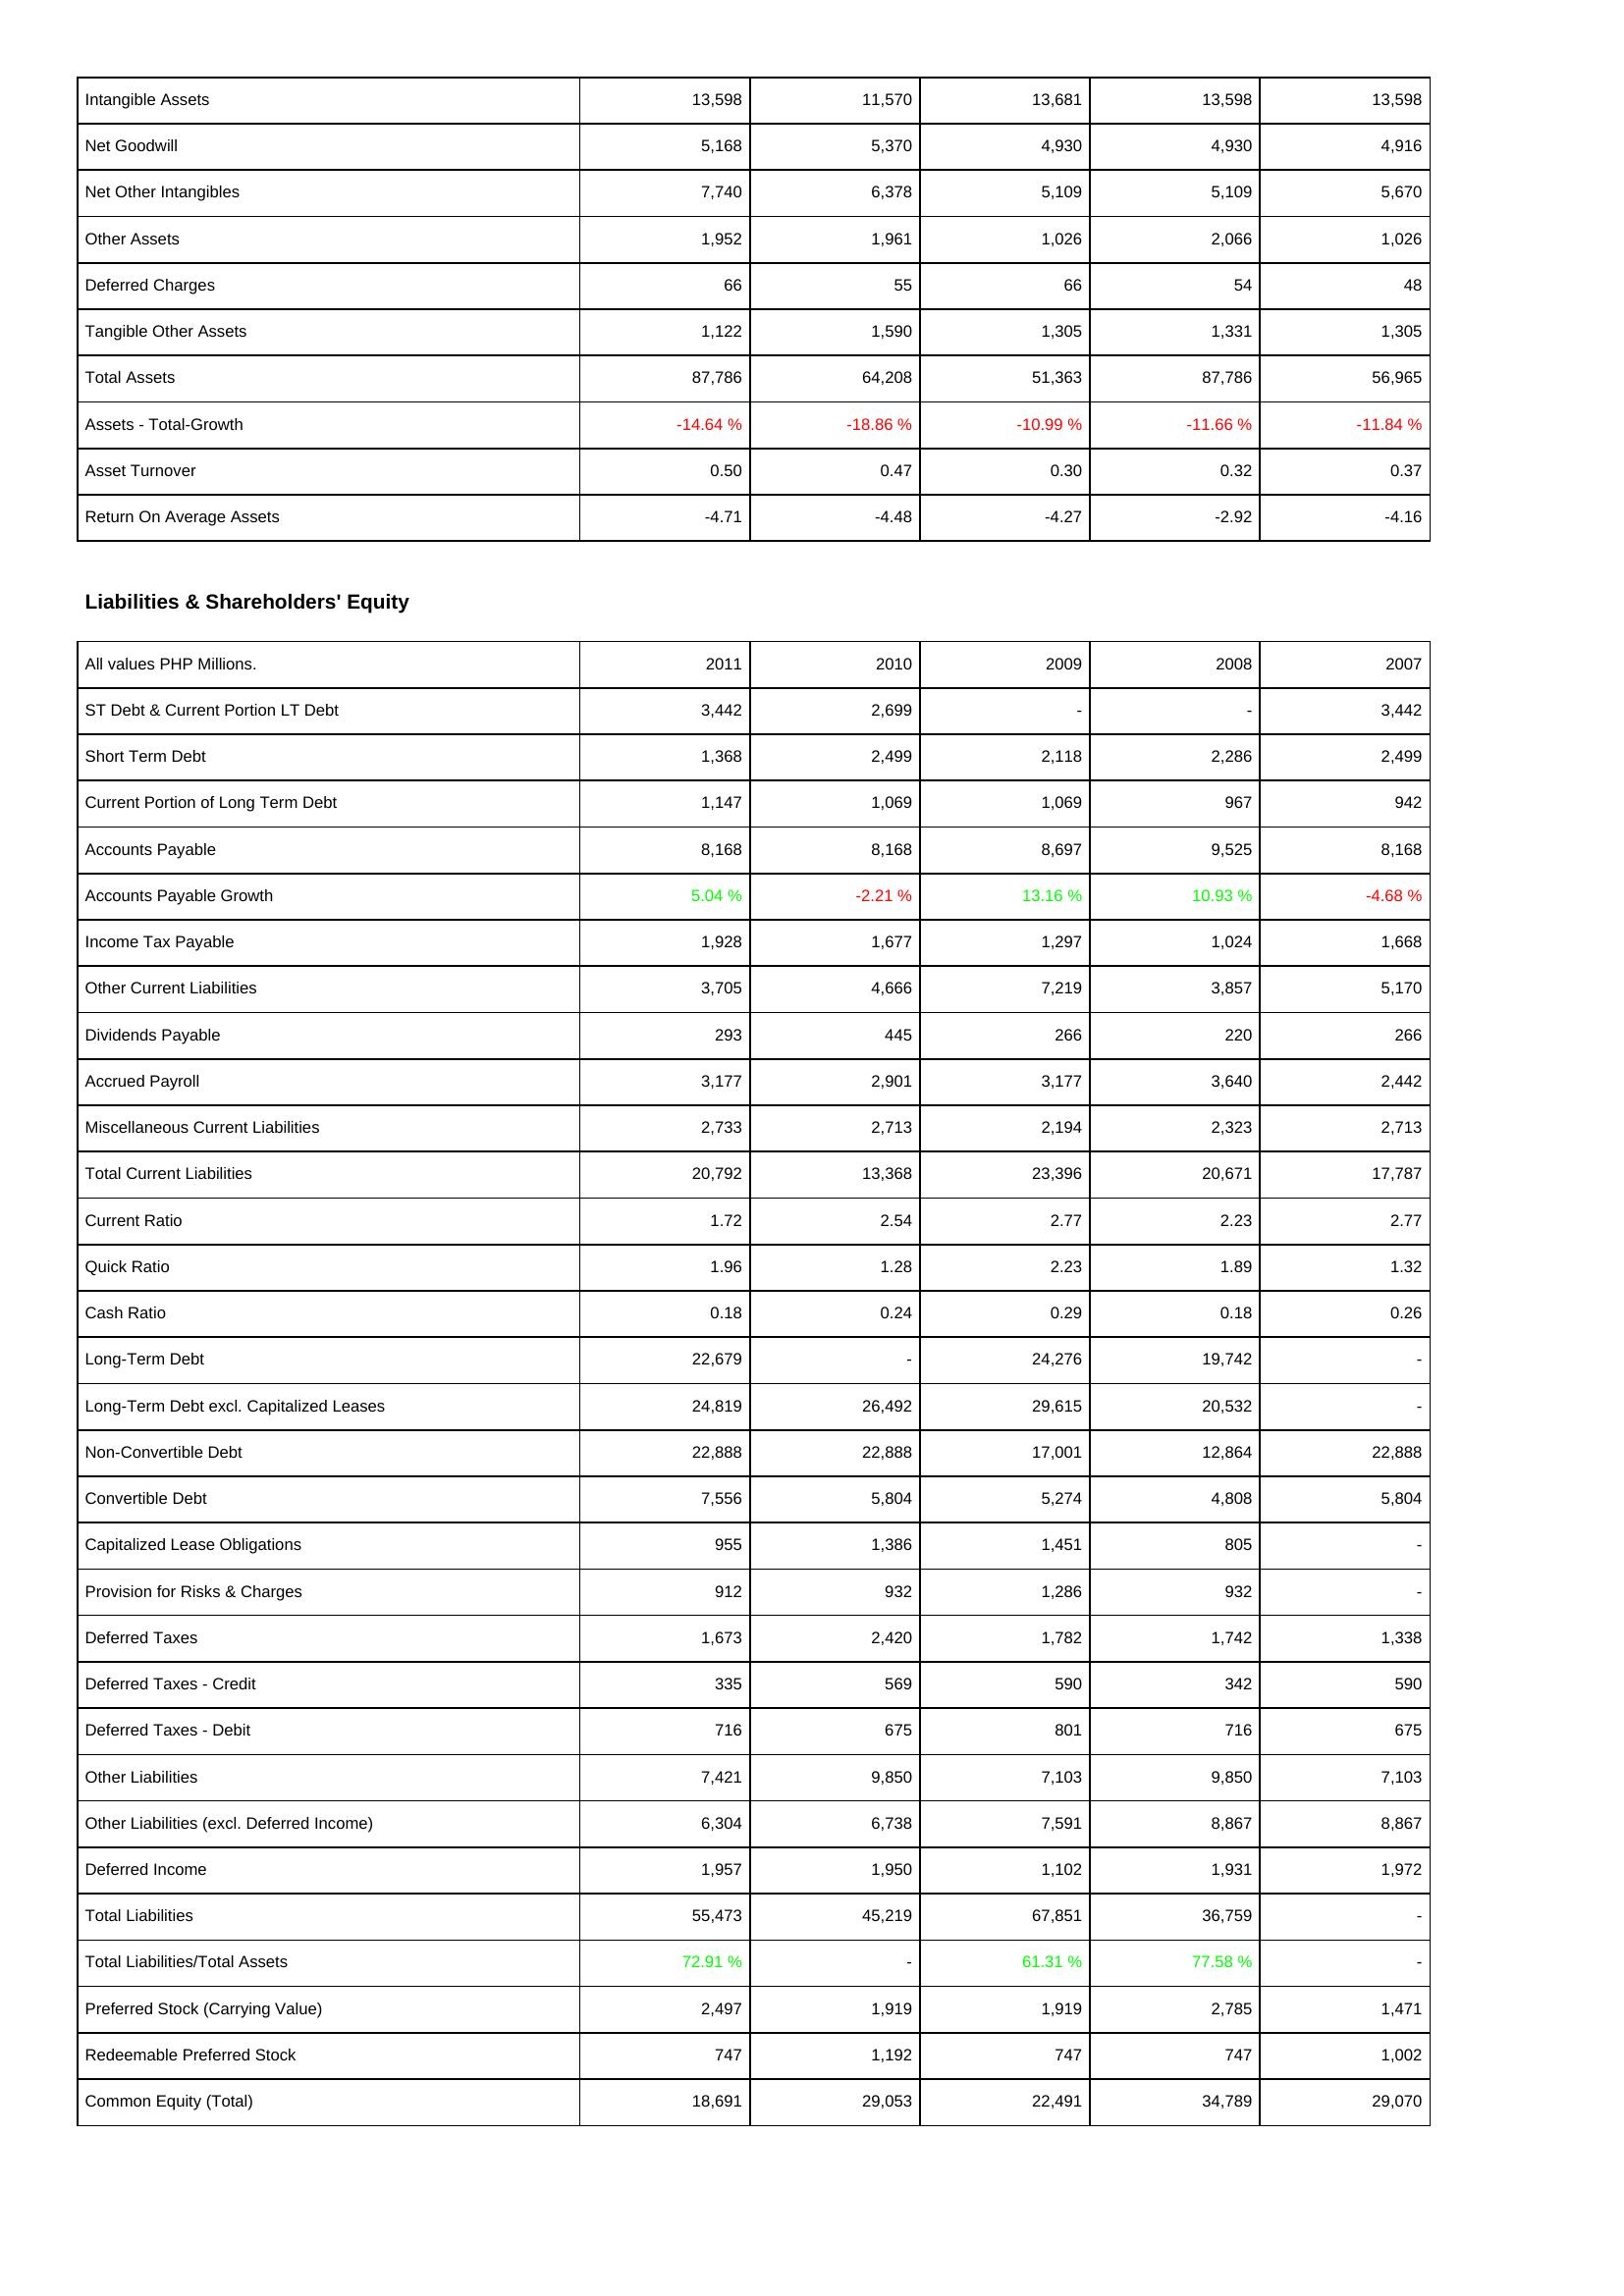
2011: Assets: Intangible Assets: 13,598
Net Goodwill: 5,168
Net Other Intangibles: 7,740
Other Assets: 1,952
Deferred Charges: 66
Tangible Other Assets: 1,122
Total Assets: 87,786
Assets - Total-Growth: -14.64 %
Asset Turnover: 0.50
Return On Average Assets: -4.71
Liabilities & Shareholders' Equity: ST Debt & Current Portion LT Debt: 3,442
Short Term Debt: 1,368
Current Portion of Long Term Debt: 1,147
Accounts Payable: 8,168
Accounts Payable Growth: 5.04 %
Income Tax Payable: 1,928
Other Current Liabilities: 3,705
Dividends Payable: 293
Accrued Payroll: 3,177
Miscellaneous Current Liabilities: 2,733
Total Current Liabilities: 20,792
Current Ratio: 1.72
Quick Ratio: 1.96
Cash Ratio: 0.18
Long-Term Debt: 22,679
Long-Term Debt excl. Capitalized Leases: 24,819
Non-Convertible Debt: 22,888
Convertible Debt: 7,556
Capitalized Lease Obligations: 955
Provision for Risks & Charges: 912
Deferred Taxes: 1,673
Deferred Taxes - Credit: 335
Deferred Taxes - Debit: 716
Other Liabilities: 7,421
Other Liabilities (excl. Deferred Income): 6,304
Deferred Income: 1,957
Total Liabilities: 55,473
Total Liabilities/Total Assets: 72.91 %
Preferred Stock (Carrying Value): 2,497
Redeemable Preferred Stock: 747
Common Equity (Total): 18,691
2010: Assets: Intangible Assets: 11,570
Net Goodwill: 5,370
Net Other Intangibles: 6,378
Other Assets: 1,961
Deferred Charges: 55
Tangible Other Assets: 1,590
Total Assets: 64,208
Assets - Total-Growth: -18.86 %
Asset Turnover: 0.47
Return On Average Assets: -4.48
Liabilities & Shareholders' Equity: ST Debt & Current Portion LT Debt: 2,699
Short Term Debt: 2,499
Current Portion of Long Term Debt: 1,069
Accounts Payable: 8,168
Accounts Payable Growth: -2.21 %
Income Tax Payable: 1,677
Other Current Liabilities: 4,666
Dividends Payable: 445
Accrued Payroll: 2,901
Miscellaneous Current Liabilities: 2,713
Total Current Liabilities: 13,368
Current Ratio: 2.54
Quick Ratio: 1.28
Cash Ratio: 0.24
Long-Term Debt: -
Long-Term Debt excl. Capitalized Leases: 26,492
Non-Convertible Debt: 22,888
Convertible Debt: 5,804
Capitalized Lease Obligations: 1,386
Provision for Risks & Charges: 932
Deferred Taxes: 2,420
Deferred Taxes - Credit: 569
Deferred Taxes - Debit: 675
Other Liabilities: 9,850
Other Liabilities (excl. Deferred Income): 6,738
Deferred Income: 1,950
Total Liabilities: 45,219
Total Liabilities/Total Assets: -
Preferred Stock (Carrying Value): 1,919
Redeemable Preferred Stock: 1,192
Common Equity (Total): 29,053
2009: Assets: Intangible Assets: 13,681
Net Goodwill: 4,930
Net Other Intangibles: 5,109
Other Assets: 1,026
Deferred Charges: 66
Tangible Other Assets: 1,305
Total Assets: 51,363
Assets - Total-Growth: -10.99 %
Asset Turnover: 0.30
Return On Average Assets: -4.27
Liabilities & Shareholders' Equity: ST Debt & Current Portion LT Debt: -
Short Term Debt: 2,118
Current Portion of Long Term Debt: 1,069
Accounts Payable: 8,697
Accounts Payable Growth: 13.16 %
Income Tax Payable: 1,297
Other Current Liabilities: 7,219
Dividends Payable: 266
Accrued Payroll: 3,177
Miscellaneous Current Liabilities: 2,194
Total Current Liabilities: 23,396
Current Ratio: 2.77
Quick Ratio: 2.23
Cash Ratio: 0.29
Long-Term Debt: 24,276
Long-Term Debt excl. Capitalized Leases: 29,615
Non-Convertible Debt: 17,001
Convertible Debt: 5,274
Capitalized Lease Obligations: 1,451
Provision for Risks & Charges: 1,286
Deferred Taxes: 1,782
Deferred Taxes - Credit: 590
Deferred Taxes - Debit: 801
Other Liabilities: 7,103
Other Liabilities (excl. Deferred Income): 7,591
Deferred Income: 1,102
Total Liabilities: 67,851
Total Liabilities/Total Assets: 61.31 %
Preferred Stock (Carrying Value): 1,919
Redeemable Preferred Stock: 747
Common Equity (Total): 22,491
2008: Assets: Intangible Assets: 13,598
Net Goodwill: 4,930
Net Other Intangibles: 5,109
Other Assets: 2,066
Deferred Charges: 54
Tangible Other Assets: 1,331
Total Assets: 87,786
Assets - Total-Growth: -11.66 %
Asset Turnover: 0.32
Return On Average Assets: -2.92
Liabilities & Shareholders' Equity: ST Debt & Current Portion LT Debt: -
Short Term Debt: 2,286
Current Portion of Long Term Debt: 967
Accounts Payable: 9,525
Accounts Payable Growth: 10.93 %
Income Tax Payable: 1,024
Other Current Liabilities: 3,857
Dividends Payable: 220
Accrued Payroll: 3,640
Miscellaneous Current Liabilities: 2,323
Total Current Liabilities: 20,671
Current Ratio: 2.23
Quick Ratio: 1.89
Cash Ratio: 0.18
Long-Term Debt: 19,742
Long-Term Debt excl. Capitalized Leases: 20,532
Non-Convertible Debt: 12,864
Convertible Debt: 4,808
Capitalized Lease Obligations: 805
Provision for Risks & Charges: 932
Deferred Taxes: 1,742
Deferred Taxes - Credit: 342
Deferred Taxes - Debit: 716
Other Liabilities: 9,850
Other Liabilities (excl. Deferred Income): 8,867
Deferred Income: 1,931
Total Liabilities: 36,759
Total Liabilities/Total Assets: 77.58 %
Preferred Stock (Carrying Value): 2,785
Redeemable Preferred Stock: 747
Common Equity (Total): 34,789
2007: Assets: Intangible Assets: 13,598
Net Goodwill: 4,916
Net Other Intangibles: 5,670
Other Assets: 1,026
Deferred Charges: 48
Tangible Other Assets: 1,305
Total Assets: 56,965
Assets - Total-Growth: -11.84 %
Asset Turnover: 0.37
Return On Average Assets: -4.16
Liabilities & Shareholders' Equity: ST Debt & Current Portion LT Debt: 3,442
Short Term Debt: 2,499
Current Portion of Long Term Debt: 942
Accounts Payable: 8,168
Accounts Payable Growth: -4.68 %
Income Tax Payable: 1,668
Other Current Liabilities: 5,170
Dividends Payable: 266
Accrued Payroll: 2,442
Miscellaneous Current Liabilities: 2,713
Total Current Liabilities: 17,787
Current Ratio: 2.77
Quick Ratio: 1.32
Cash Ratio: 0.26
Long-Term Debt: -
Long-Term Debt excl. Capitalized Leases: -
Non-Convertible Debt: 22,888
Convertible Debt: 5,804
Capitalized Lease Obligations: -
Provision for Risks & Charges: -
Deferred Taxes: 1,338
Deferred Taxes - Credit: 590
Deferred Taxes - Debit: 675
Other Liabilities: 7,103
Other Liabilities (excl. Deferred Income): 8,867
Deferred Income: 1,972
Total Liabilities: -
Total Liabilities/Total Assets: -
Preferred Stock (Carrying Value): 1,471
Redeemable Preferred Stock: 1,002
Common Equity (Total): 29,070